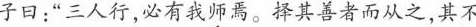
子曰：”三人行，必有我师焉。择其善者而从之，其不